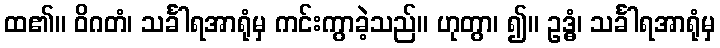
ထ၏။ ဝိဂတံ၊ သင်္ခါရအာရုံမှ ကင်းကွာခဲ့သည်။ ဟုတွာ၊ ၍။ ဥဒ္ဓံ၊ သင်္ခါရအာရုံမှ